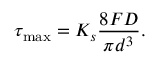
\tau _ { \mathrm { m a x } } = K _ { s } \frac { 8 F D } { \pi d ^ { 3 } } .